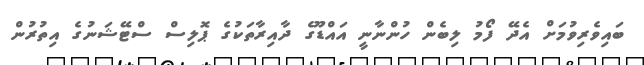
ބައިވެރިވުމަށް އެދޭ ފޯމު ލިބެން ހުންނާނީ އައްޑޫގެ ދާއިރާތަކުގެ ޕޮލިސް ސްޓޭޝަނުގެ އިތުރުން